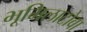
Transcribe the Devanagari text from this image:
भूमिलाटोवा